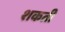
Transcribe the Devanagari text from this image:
शकती